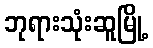
ဘုရားသုံးဆူမြို့